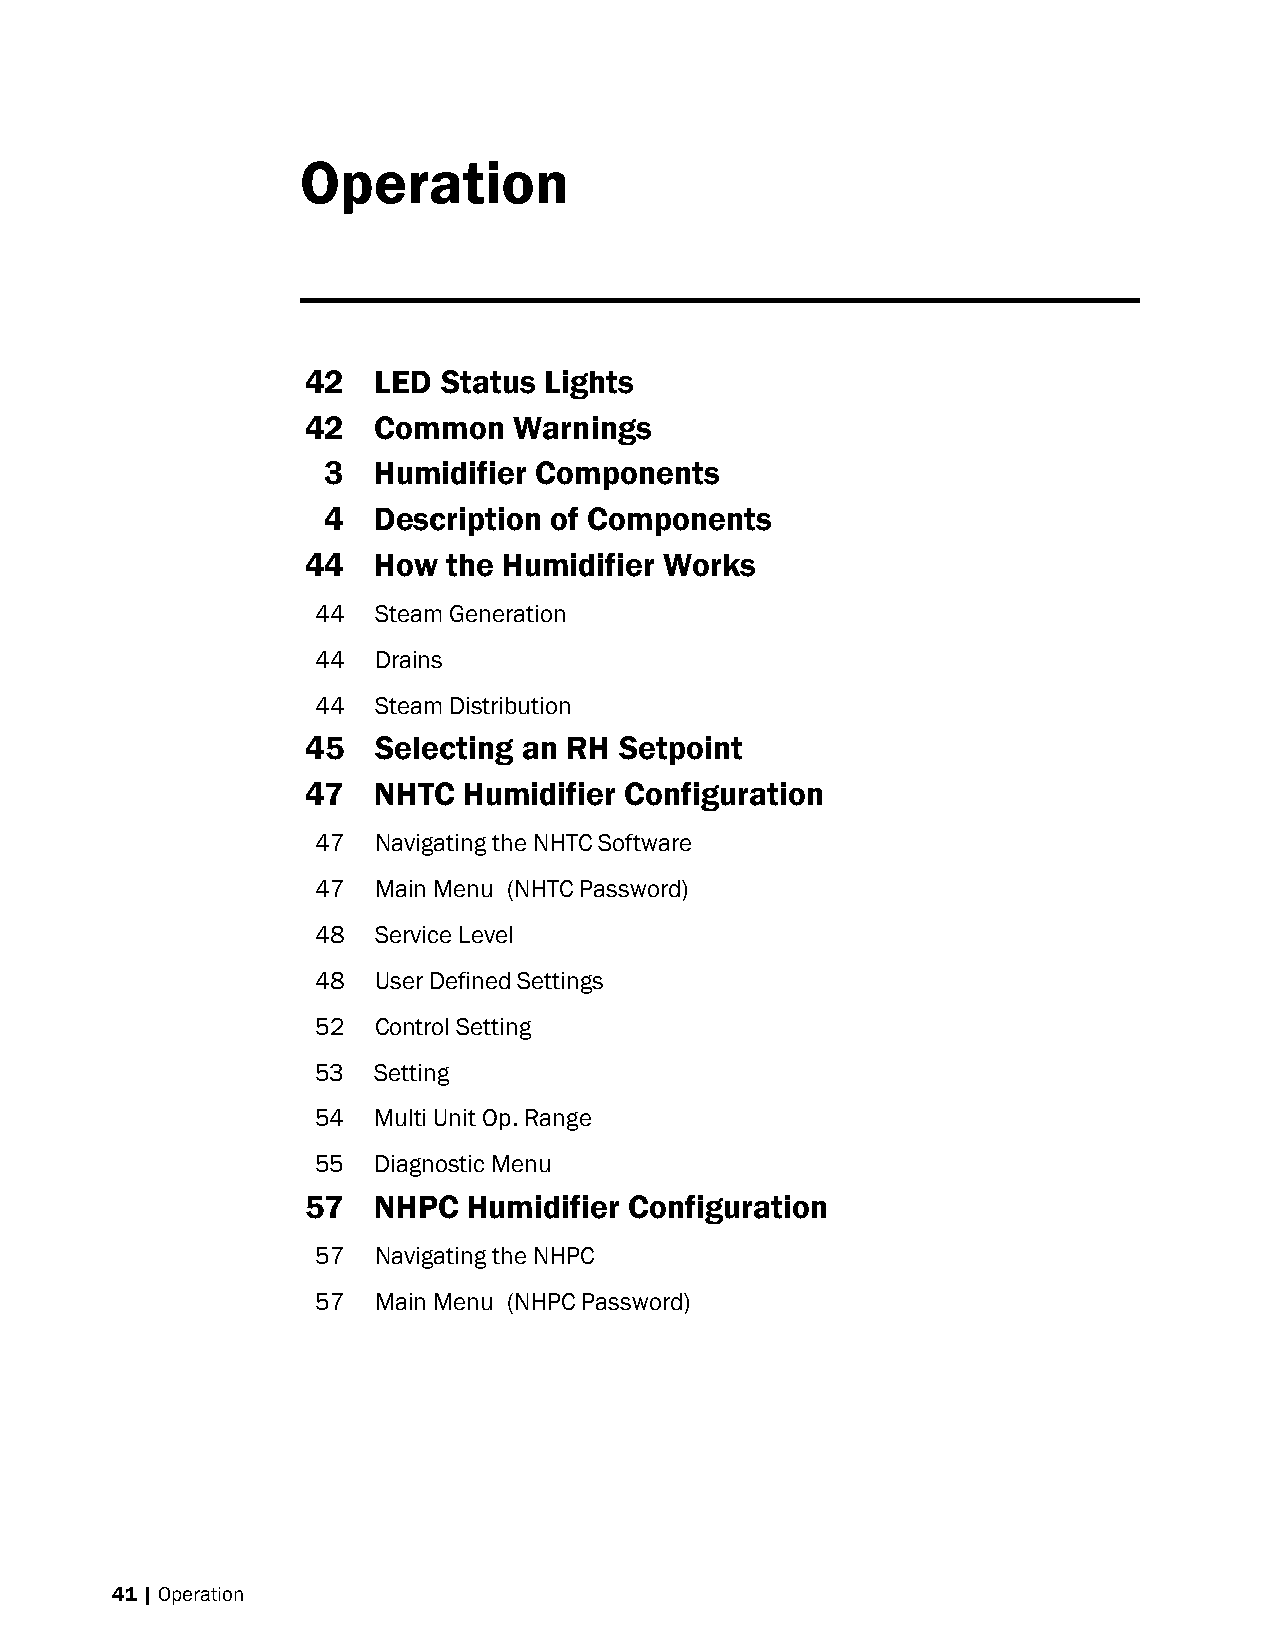
Operation
 42   LED Status Lights
 42   Common   Warnings
 3  Humidifier Components
 4  Description of Components
 44   How  the Humidifier Works
 44  Steam Generation
 44  Drains
 44  Steam Distribution
 45   Selecting an RH Setpoint
 47   NHTC  Humidifier Configuration
 47  Navigating the NHTC Software
 47  Main Menu (NHTC Password)
 48  Service Level
 48  User Defined Settings
 52  Control Setting
 53  Setting
 54  Multi Unit Op. Range
 55  Diagnostic Menu
 57   NHPC  Humidifier Configuration
 57  Navigating the NHPC
 57  Main Menu (NHPC Password)
 41 | Operation